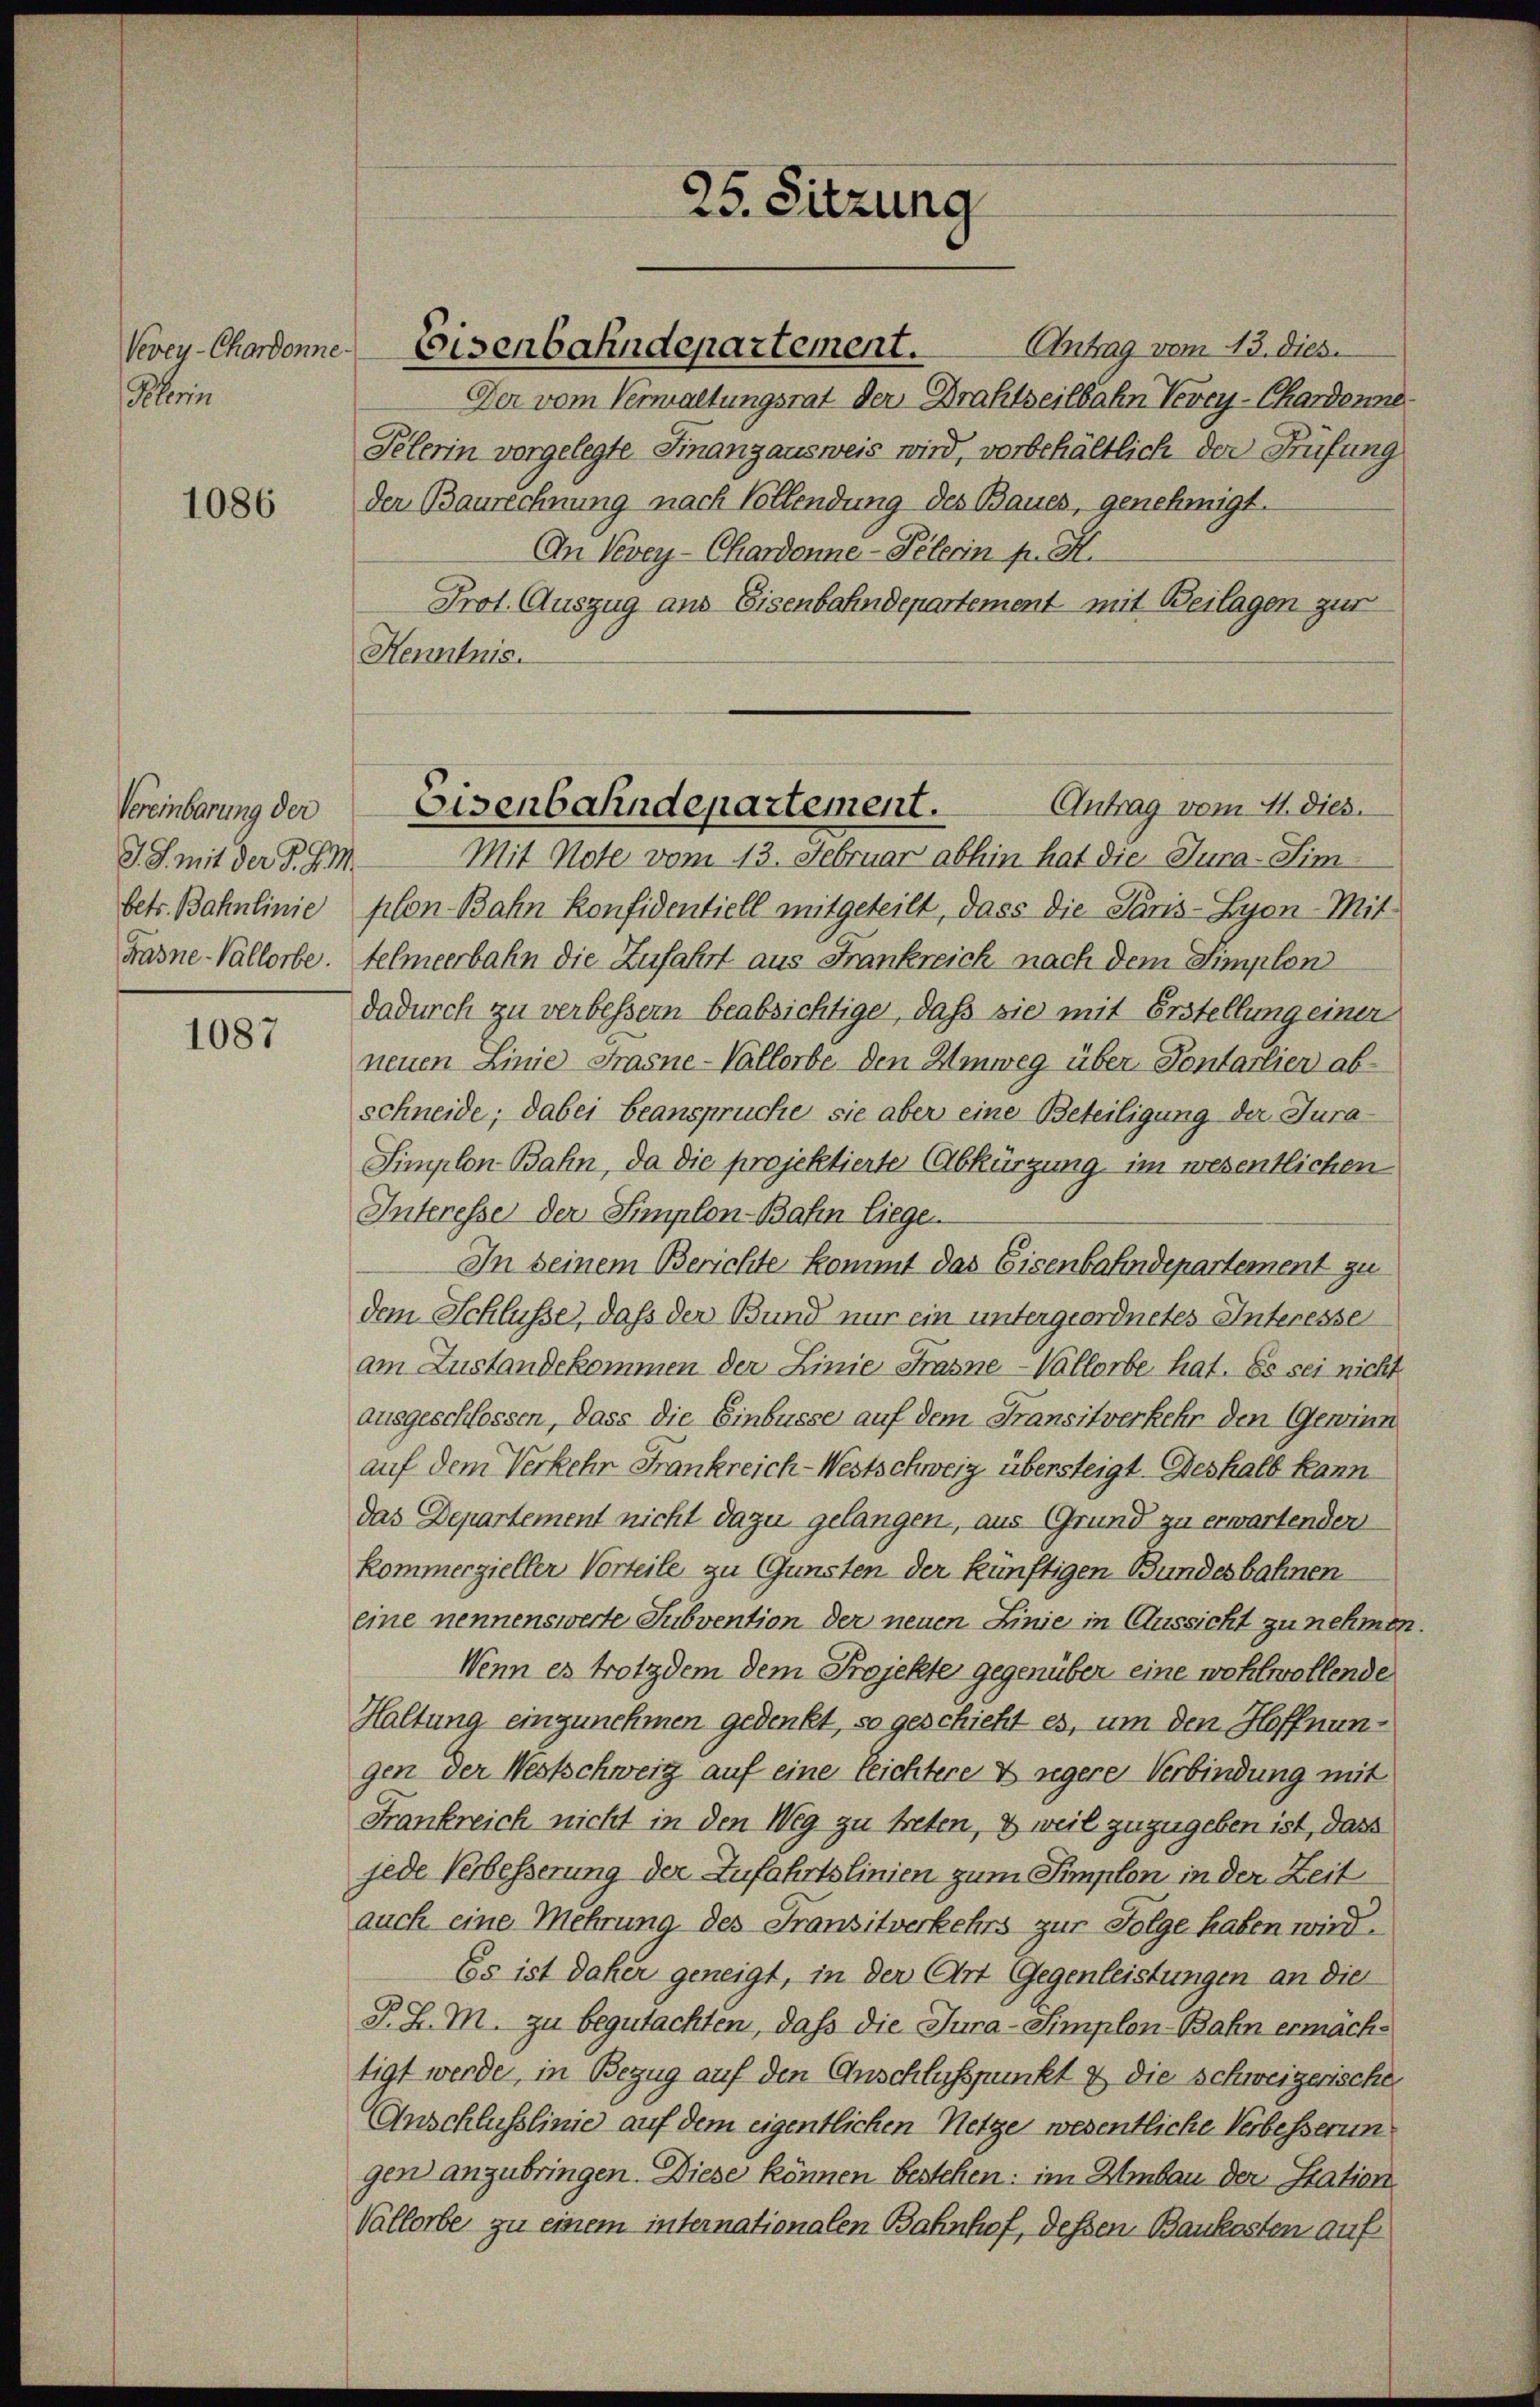
Vevey-Chardonne-
Plerin

1086

Vereinbarung der
J. J. mit der P. J. M.

1087

Antrag vom 13. dies.
Der vom Verwaltungsrat der Drahtseitbahn Verey-Chardonne
Pelerin vorgelegte Finanzausweis wird, vorbehältlich der Prüfung
der Baurechnung nach Vollendung des Baues, genehmigt.
An Vevey-Chardonne-Pelerin pr. H.
Prot. Auszug aus Eisenbahndepartement mit Beilagen zur
Henntnis.

25. Sitzung

Eisenbahndepartement.

Antrag vom 11. dies.
Eisenbahndepartement.

Mit Note vom 13. Februar abhin hat die Jura-Sim
betr. Bahnlinie plon Bahn Konfidentiell mitgeteilt, dass die Paris-Lyon-Mit-
Frasne-Vallorbe. Helmeerbahn die Zufahrt aus Frankreich nach dem Simplon
dadurch zu verbessern beabsichtige, daß sie mit Erstellung einer
neuen Linie Frasne-Vallorbe den Umweg über Pontarlier abschneide; dabei beanspruche sie aber eine Beteiligung der Jura¬
Simplon Bahn, da die projektierte Abkürzung im wesentlichen
Interesse der Simplon-Batin Liegen
In seinem Berichte kommt das Eisenbahndepartement zu
dem Schlüsse, daß der Bund nur ein untergeordnetes Interessen
am Zustandekommen der Linie Frasne-Vallorbe hat. Es sei nicht
ausgeschlossen, dass die Einbüsse auf dem Fransitverkehr den Gewinn
auf dem Verkehr Frankreich-Westschweiz übersteigt. Deshalb kann
das Departement nicht dazu gelangen, aus Grund zu erwartenden
Kommerzieller Vorteile zu Gunsten der künftigen Bundesbahnen
eine nennenswerte Subvention der neuen Linie in Aussicht zu nehmen.
Wenn es trotzdem dem Projekte gegenüber eine wohlwollende
Haltung einzunehmen gedenkt, so geschieht es, um den Hoffnungen der Nestschweig auf eine leichtere & segere Verbindung mit
Frankreich nicht in den Weg zu treten, & weil zuzugeben ist, dass
jede Verbesserung der Zufahrtslinien zum Simplon in der Zeit
auch eine Mehrung des Fransitverkehrs zur Folge haben wird.
Es ist daher geneigt, in der Art Gegenleistungen an die
P. Z. M. zu begutachten, dass die Jura-Simplon-Bahn ermächtigt werde, in Bezug auf den Anschlußpunkt & die schweizerische
Anschlüsslinie auf dem eigentlichen Netze wesentliche Verbesserun
gen anzubringen. Diese können bestehen: im Umbau der Station,
Vallorbe zu einem internationalen Bahnhof, dessen Baukosten auf